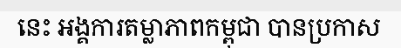
នេះ អង្គការតម្លាភាពកម្ពុជា បានប្រកាស